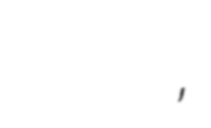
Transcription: за съдействие на отбраната,